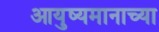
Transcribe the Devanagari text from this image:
आयुष्यमानाच्या